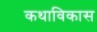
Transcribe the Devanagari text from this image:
कथाविकास